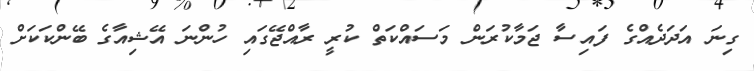
ގިނަ އަދަދެއްގެ ފައިސާ ޖަމާކުރަން މަސައްކަތް ކުރީ ރާއްޖޭގައި ހުންނަ އޭޝިއާގެ ބޭންކަކަށް